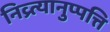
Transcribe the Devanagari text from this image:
निव्र्त्यानुप्पत्ति